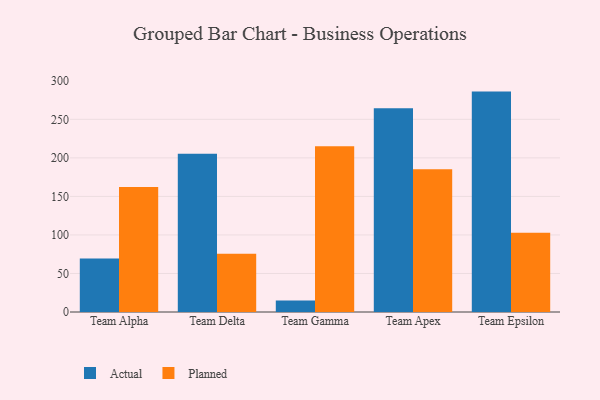
{"axis": {"x": "Team", "y": "Active Users"}, "legend": ["Actual", "Planned"], "data": [{"x": "Team Alpha", "y": 69.5, "type": "Actual"}, {"x": "Team Alpha", "y": 162.1, "type": "Planned"}, {"x": "Team Delta", "y": 205.4, "type": "Actual"}, {"x": "Team Delta", "y": 75.6, "type": "Planned"}, {"x": "Team Gamma", "y": 14.8, "type": "Actual"}, {"x": "Team Gamma", "y": 215.2, "type": "Planned"}, {"x": "Team Apex", "y": 264.4, "type": "Actual"}, {"x": "Team Apex", "y": 185.3, "type": "Planned"}, {"x": "Team Epsilon", "y": 286.0, "type": "Actual"}, {"x": "Team Epsilon", "y": 102.7, "type": "Planned"}]}